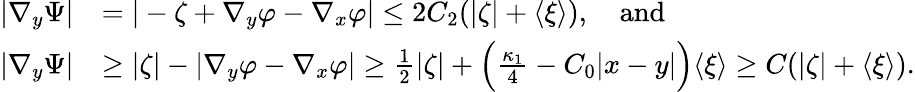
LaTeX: \begin{array}{rl}{|\nabla_{y}\Psi|}&{=|-\zeta+\nabla_{y}\varphi-\nabla_{x}\varphi|\leq 2C_{2}(|\zeta|+{\langle{\xi}\rangle}),\quad\mathrm{and}}\\ {|\nabla_{y}\Psi|}&{\geq|\zeta|-|\nabla_{y}\varphi-\nabla_{x}\varphi|\geq\frac{1}{2}|\zeta|+\Big(\frac{\kappa_{1}}{4}-C_{0}|x-y|\Big){\langle{\xi}\rangle}\geq C(|\zeta|+{\langle{\xi}\rangle}).}\end{array}